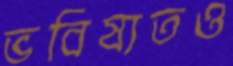
ভবিষ্যতও